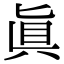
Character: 眞